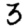
Digit: 3